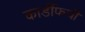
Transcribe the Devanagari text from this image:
कार्डीफची